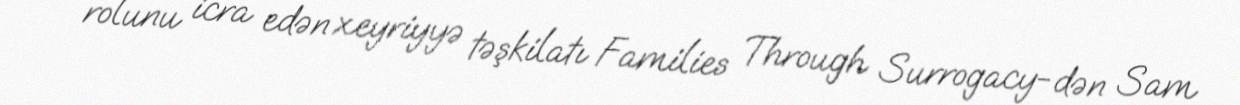
rolunu icra edən xeyriyyə təşkilatı Families Through Surrogacy-dən Sam